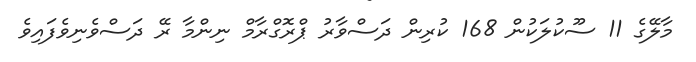
މާލޭގެ 11 ސޫކުލަކުން 168 ކުރިން ދަސްވާރު ޕްރޮގްރާމް ނިންމާ ރޭ ދަސްވެނިވެފައިވެ